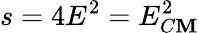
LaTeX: s=4E^{2}=E_{C\mathbf{M}}^{2}